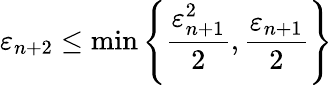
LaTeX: \varepsilon_{n+2}\leq\operatorname*{min}\left\{ {\frac{\varepsilon_{n+1}^{2}}{2}},{\frac{\varepsilon_{n+1}}{2}}\right\}